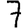
Digit: 7